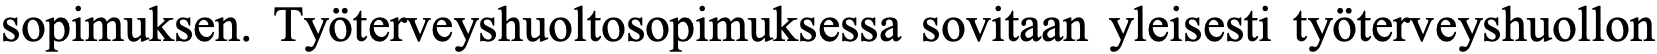
sopimuksen. Työterveyshuoltosopimuksessa sovitaan yleisesti työterveyshuollon